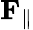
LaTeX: \mathbf{F}_{\parallel}